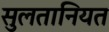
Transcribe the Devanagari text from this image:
सुलतानियत